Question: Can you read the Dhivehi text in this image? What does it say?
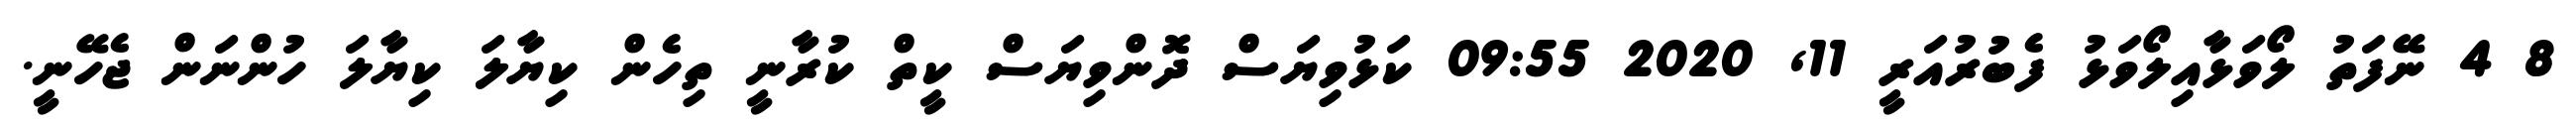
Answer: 8 4 ނޭފަތު ލޯވަޅާއިލޯވަޅު ފެބުރުއަރީ 11, 2020 09:55 ކަޅުވިޔަސް ދޮންވިޔަސް ކީތް ކުރާނީ ތިހެން ކިޔާލަ ކިޔާލަ ހުންނަން ޖެހޭނީ.